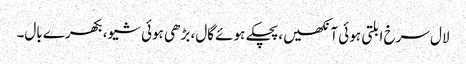
لال سرخ ابلتی ہوئی آنکھیں،پچکے ہوئے گال، بڑھی ہوئی شیو، بکھرے بال۔